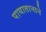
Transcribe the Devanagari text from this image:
पायातानाने